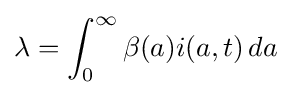
\lambda =\int _{0}^{\infty }\beta (a)i(a,t)\,da